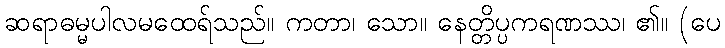
ဆရာဓမ္မပါလမထေရ်သည်။ ကတာ၊ သော။ နေတ္တိပ္ပကရဏဿ၊ ၏။ (ပေ